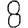
Digit: 8